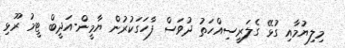
މިލިޔުމާއި ގުޅޭ ގެލަރީސިއްހަތު ދުވަސް ފާހަގަކުރުން ޔާމީން-އަދީބް ޓީމު ރޫޅި